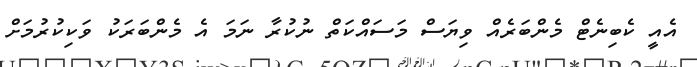
އެއީ ކެބިނެޓް މެންބަރެއް ވިޔަސް މަސައްކަތް ނުކުރާ ނަމަ އެ މެންބަރަކު ވަކިކުރުމަށް